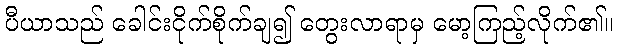
ပီယာသည် ခေါင်းငိုက်စိုက်ချ၍ တွေးလာရာမှ မော့ကြည့်လိုက်၏။